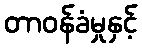
တာဝန်ခံမှုနှင့်